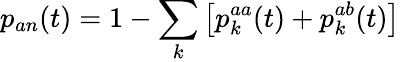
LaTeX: p_{an}(t)=1-\sum_{k}\left[p_{k}^{aa}(t)+p_{k}^{ab}(t)\right]